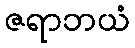
ဇရာဘယံ